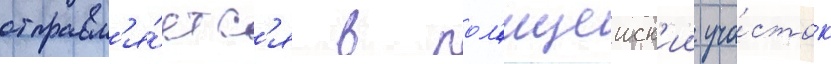
отправл'я́етс'я в пол'ицеиск'ии уча́сток